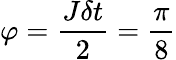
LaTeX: \varphi=\frac{J\delta t}{2}=\frac{\pi}{8}